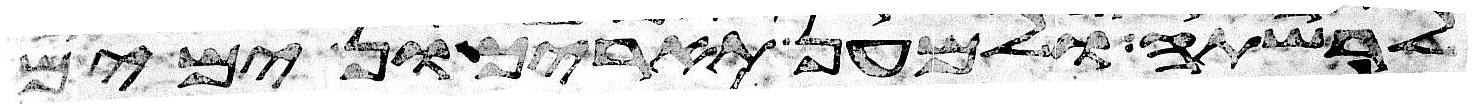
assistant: לרשתה ולמען תאריכון ימים